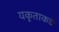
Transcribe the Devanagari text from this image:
यकृताकडे